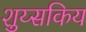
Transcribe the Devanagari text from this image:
शुय्सकिय